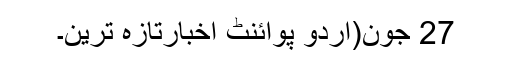
27 جون(اُردو پوائنٹ اخبارتازہ ترین۔